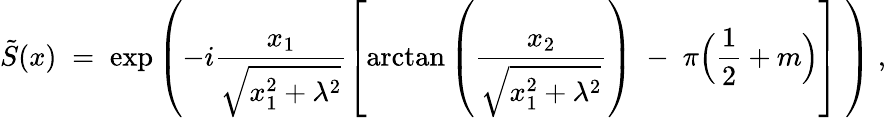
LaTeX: \tilde{S}(x)\; =\; \exp\left(-i\frac{x_{1}}{\sqrt{x_{1}^{2}+\lambda^{2}}}\left[\mathrm{arctan}\left(\frac{x_{2}}{\sqrt{x_{1}^{2}+\lambda^{2}}}\right)\; -\; \pi\Big(\frac{1}{2}+m\Big)\right]\; \right)\; ,